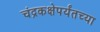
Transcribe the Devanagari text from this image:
चंद्रकक्षेपर्यंतच्या